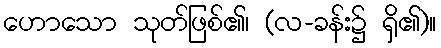
ဟောသော သုတ်ဖြစ်၏၊ (လ-ခန်း၌ ရှိ၏)။